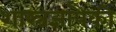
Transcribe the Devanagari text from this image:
शास्त्रज्ञांपैकी